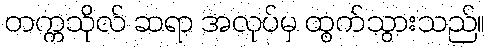
တက္ကသိုလ် ဆရာ အလုပ်မှ ထွက်သွားသည်။